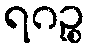
ရဂဉ္စ